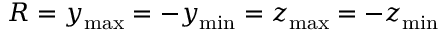
R = y _ { \operatorname* { m a x } } = - y _ { \operatorname* { m i n } } = z _ { \operatorname* { m a x } } = - z _ { \operatorname* { m i n } }